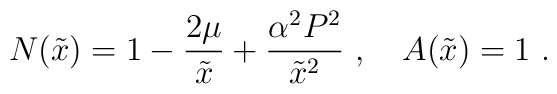
N(\tilde x) = 1 - \frac{2 \mu}{\tilde x} + \frac{\alpha^2 P^2}{\tilde x^2} \ , \ \ \ A(\tilde x)=1 \ .